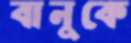
বানুকে